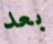
بعد